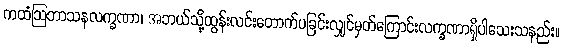
ကထံဩဘာသနလက္ခဏာ၊ အဘယ်သို့ထွန်းလင်းတောက်ပခြင်းလျှင်မှတ်ကြောင်းလက္ခဏာရှိပါသေးသနည်း။